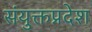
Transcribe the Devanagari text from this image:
संयुक्तप्रदेश